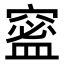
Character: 𥧧